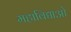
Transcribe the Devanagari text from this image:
महाविद्याओ